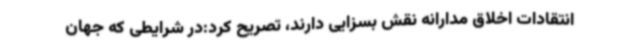
انتقادات اخلاق مدارانه نقش بسزایی دارند، تصریح کرد:در شرایطی که جهان